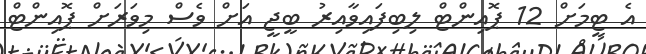
އެ ޓީމަށް 12 ޕޮއިންޓް ލިބިފައިވާއިރު ބީޖީ އަށް ވެސް މިވަރަށް ޕޮއިންޓް